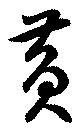
黄